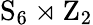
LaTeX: \mathrm{S}_{6}\rtimes\mathrm{Z}_{2}